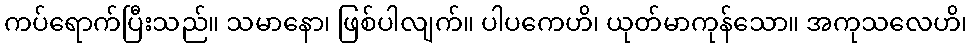
ကပ်ရောက်ပြီးသည်။ သမာနော၊ ဖြစ်ပါလျက်။ ပါပကေဟိ၊ ယုတ်မာကုန်သော။ အကုသလေဟိ၊